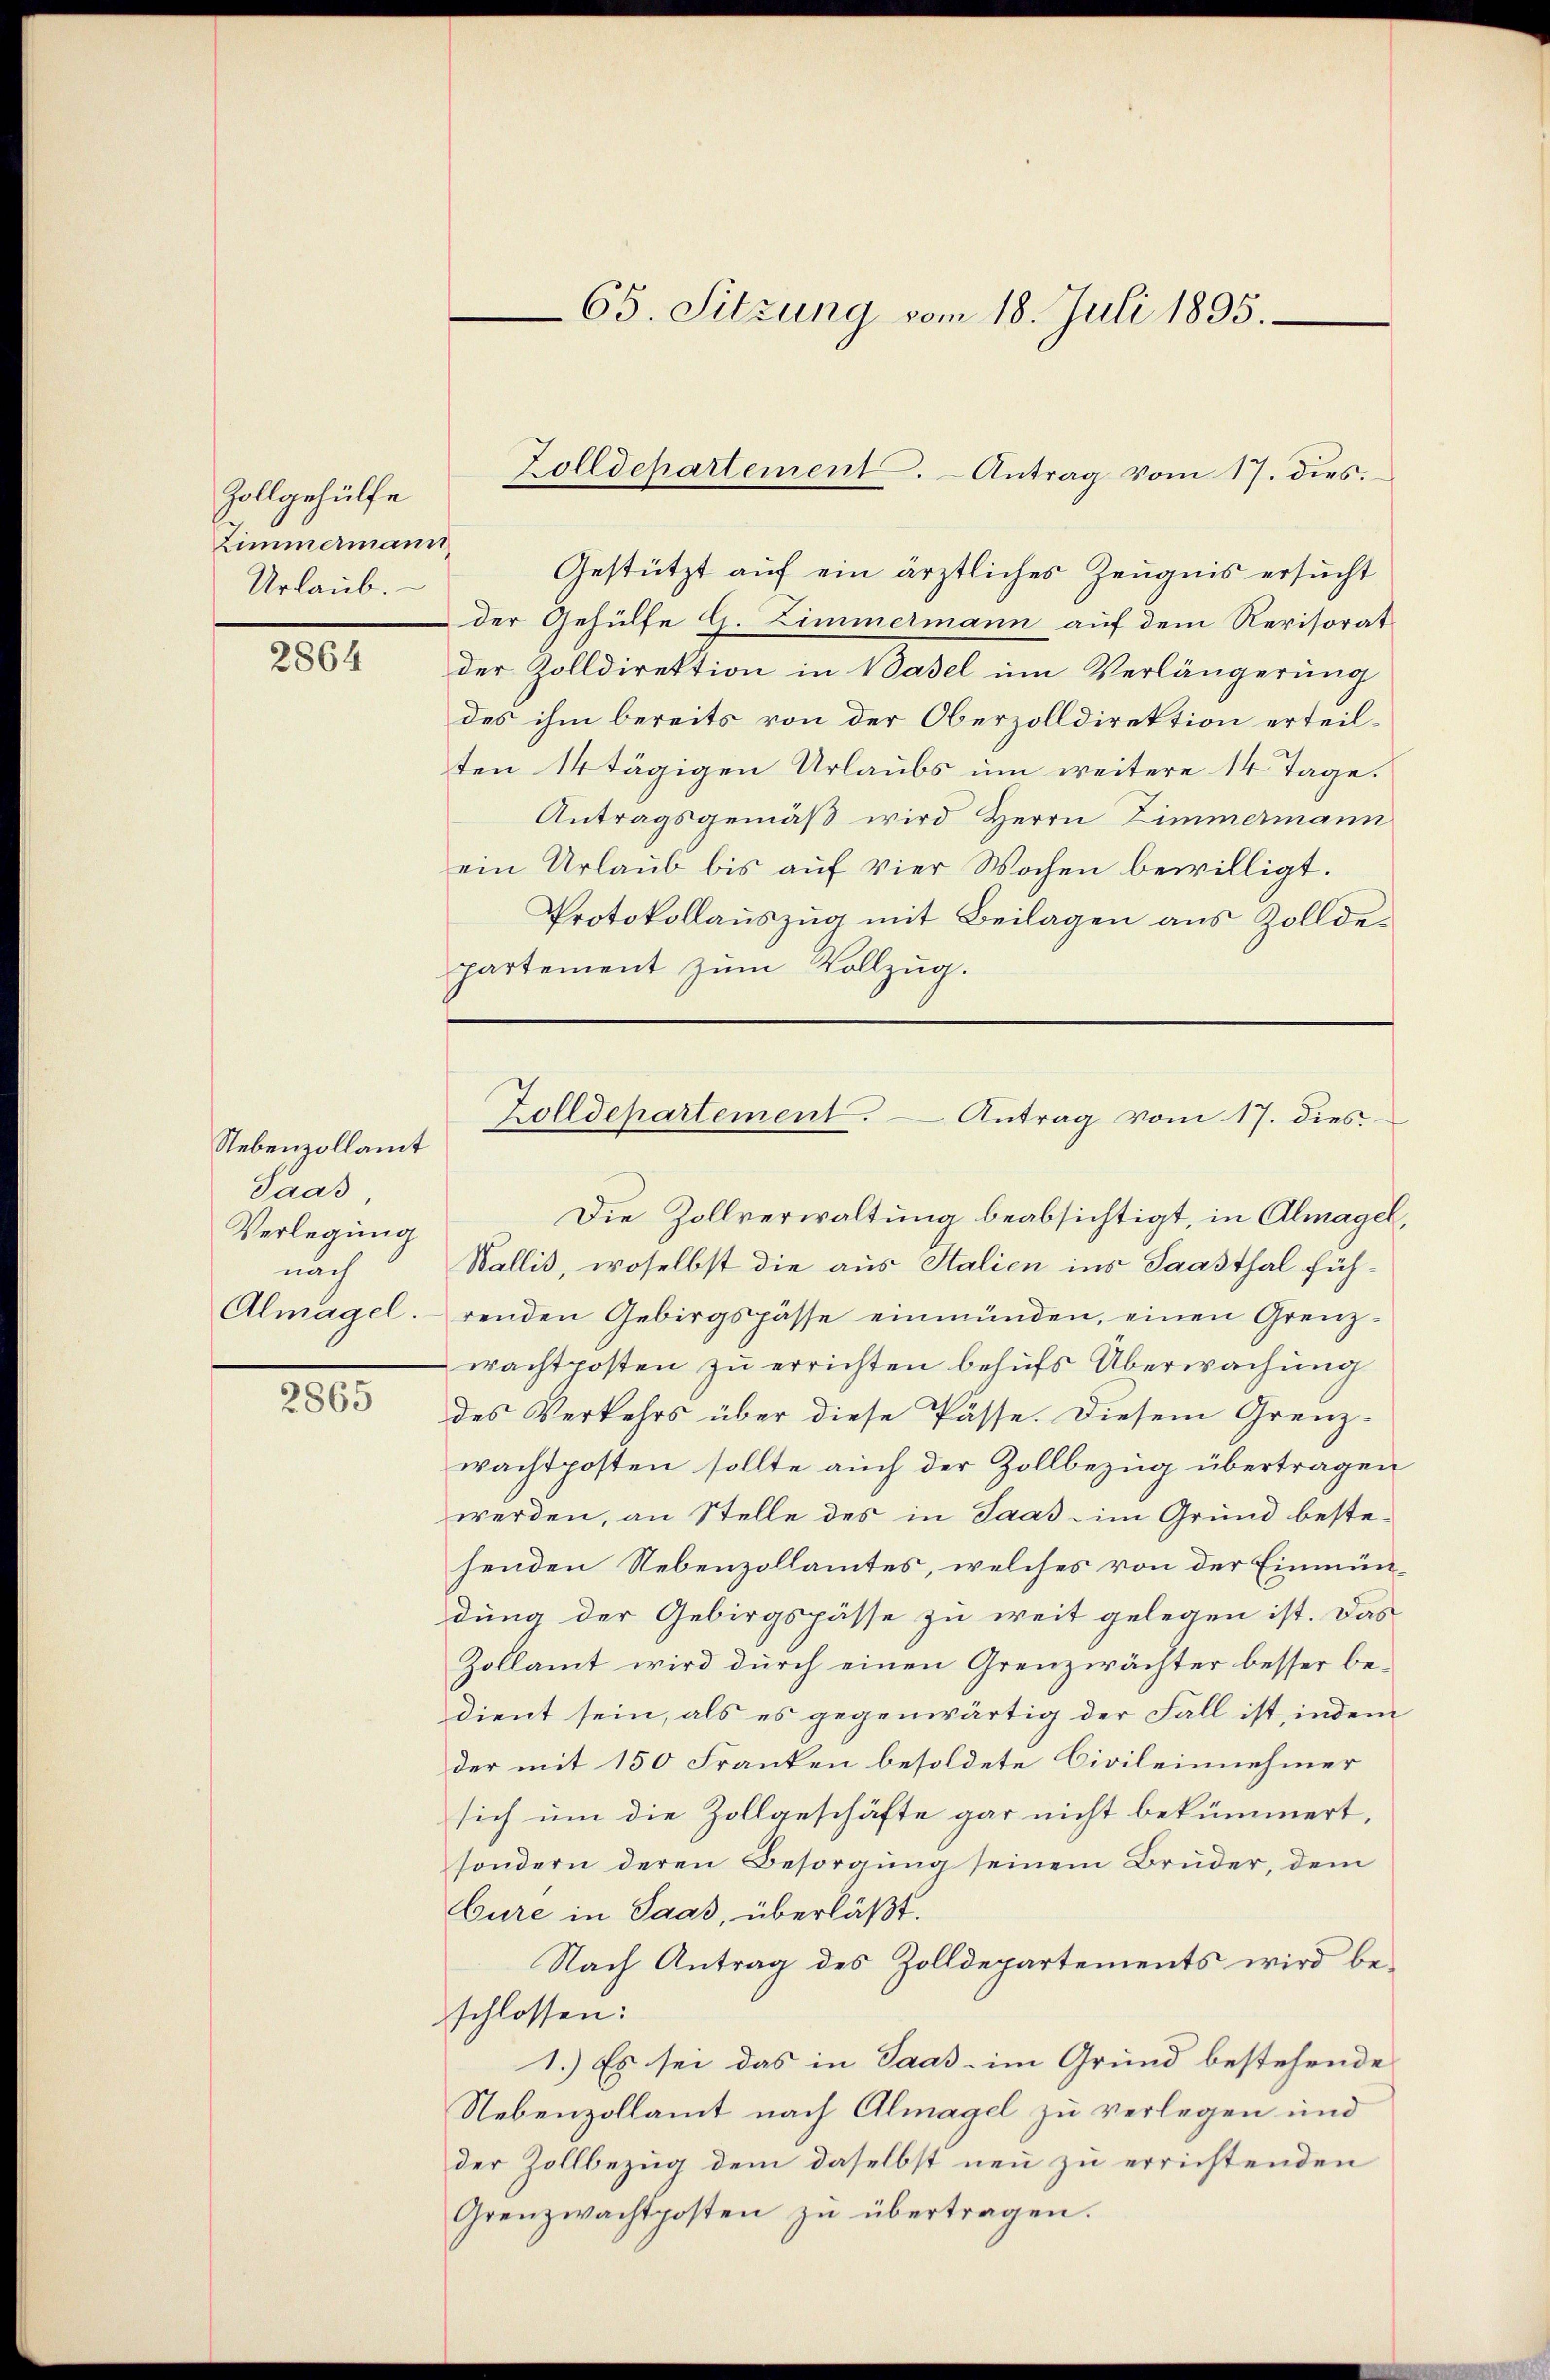
Zollgehülfe
Zimmermann
Urlaub.

2864

Nebenzollamt
Saas
Verlegung
nach
Almagel.

2865

65. Sitzung vom 18. Juli 1895.

Gestützt auf ein ärztliches Zeugnis ersucht
der Gehülfe G. Zimmermann auf dem Revisorat
der Zolldirektion in Basel um Verlängerung
des ihm bereits von der Oberzolldirektion erteilten 14 tägigen Urlaubs um weitere 14 Tage.
Antragsgemäß wird Herrn Zimmermann
ein Urlaub bis auf vier Wochen bewilligt.
Protokollauszug mit Beilagen aus Zolldepartement zum Vollzug.

Zolldepartement. - Antrag vom 17. dies.

Die Zollverwaltung beabsichtigt, in Almagel,
Wallis, woselbst die aus Italien ins Saasthal führenden Gebirgspasse einmünden, einen Grenz-
wachtposten zu errichten behufs Überwachung
des Verkehrs über diese Pässe. Diesem Grenzwachtposten sollte auch der Zollbezug übertragen
werden, an Stelle des in Saas - im Grund bestehenden Nebenzollamtes, welches von der Einmündung der Gebirgspässe zu weit gelegen ist. Das
Zollamt wird durch einen Grenzwächter besser bedient sein, als es gegenwärtig der Fall ist, indem
der mit 150 Franken besoldete Civileinnehmer
sich um die Zollgeschäfte gar nicht bekümmert,
sondern deren Besorgung seinem Brüder, dem
Cure in Saas, überläßt.
Nach Antrag des Zolldepartements wird beschlossen:
1.) Es sei das in Saas- im Grund bestehende
Nebenzollamt nach Almagel zu verlegen und
der Zollbezug dem daselbst neu zu errichtenden
Grenzwachtposten zŭ übertragen.

Zolldepartement. Antrag vom 17. dies